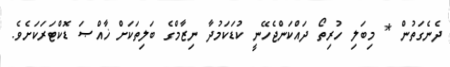
ދެނެގަތުން * މިބަލި ހުރިތޯ ދައްކަންޖެހޭނީ ކުޑަކަމުދާ ނިޒާމްގެ ބަލިތަކަށް ޚާއްޞަ ޑޮކްޓަރަކަށެވެ.